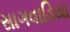
સાગવાડિયા